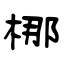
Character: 梛